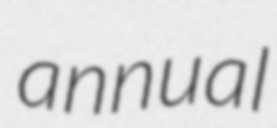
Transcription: annual